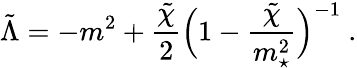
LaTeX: \tilde{\Lambda}=-m^{2}+{\frac{\tilde{\chi}}{2}}\Big(1-{\frac{\tilde{\chi}}{m_{\star}^{2}}}\Big)^{-1}\ .